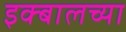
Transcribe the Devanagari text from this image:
इक्बालच्या